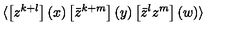
\langle \left[ z ^ { k + l } \right] ( x ) \left[ \bar { z } ^ { k + m } \right] ( y ) \left[ \bar { z } ^ { l } z ^ { m } \right] ( w ) \rangle